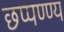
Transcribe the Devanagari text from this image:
छप्पण्ण्य